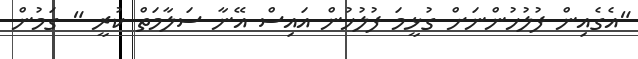
"އެގެއިން ފުލުހުންނަށް ގުޅީމަ ފުލުހުން އައިސް އޭނާ ސަލާމަތް ކުރީ " ގަމުން